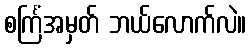
စင်္ကြံအမှတ် ဘယ်လောက်လဲ။